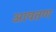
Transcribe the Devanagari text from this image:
आवतण